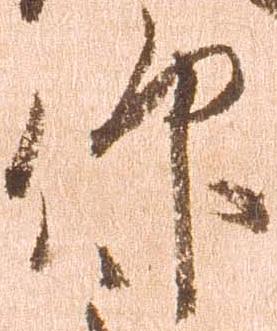
仰